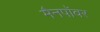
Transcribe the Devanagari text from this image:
मैनपॉवर